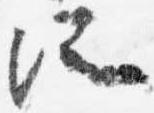
所